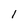
Character: 1